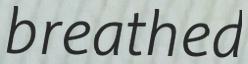
breathed